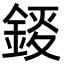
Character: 錽